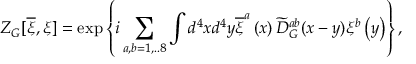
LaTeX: Z _ { G } [ \overline { { { \xi } } } , \xi ] = \exp \left\{ i \sum _ { a , b = 1 , . . 8 } \int d ^ { 4 } x d ^ { 4 } y \overline { { { \xi } } } ^ { a } \left( x \right) \widetilde { D } _ { G } ^ { a b } ( x - y ) \xi ^ { b } \left( y \right) \right\} ,